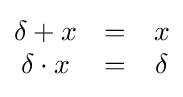
{\begin{matrix}\delta +x&=&x\\\delta \cdot x&=&\delta \end{matrix}}